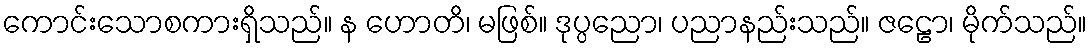
ကောင်းသောစကားရှိသည်။ န ဟောတိ၊ မဖြစ်။ ဒုပ္ပညော၊ ပညာနည်းသည်။ ဇဠော၊ မိုက်သည်။